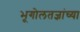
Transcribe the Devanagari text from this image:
भूगोलतज्ञांच्या